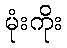
မုံးကိုး